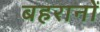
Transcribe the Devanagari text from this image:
बहरानों